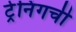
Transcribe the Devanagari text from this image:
ट्रेनिंगची